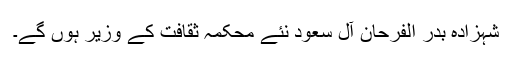
شہزادہ بدر الفرحان آل سعود نئے محکمہ ثقافت کے وزیر ہوں گے۔